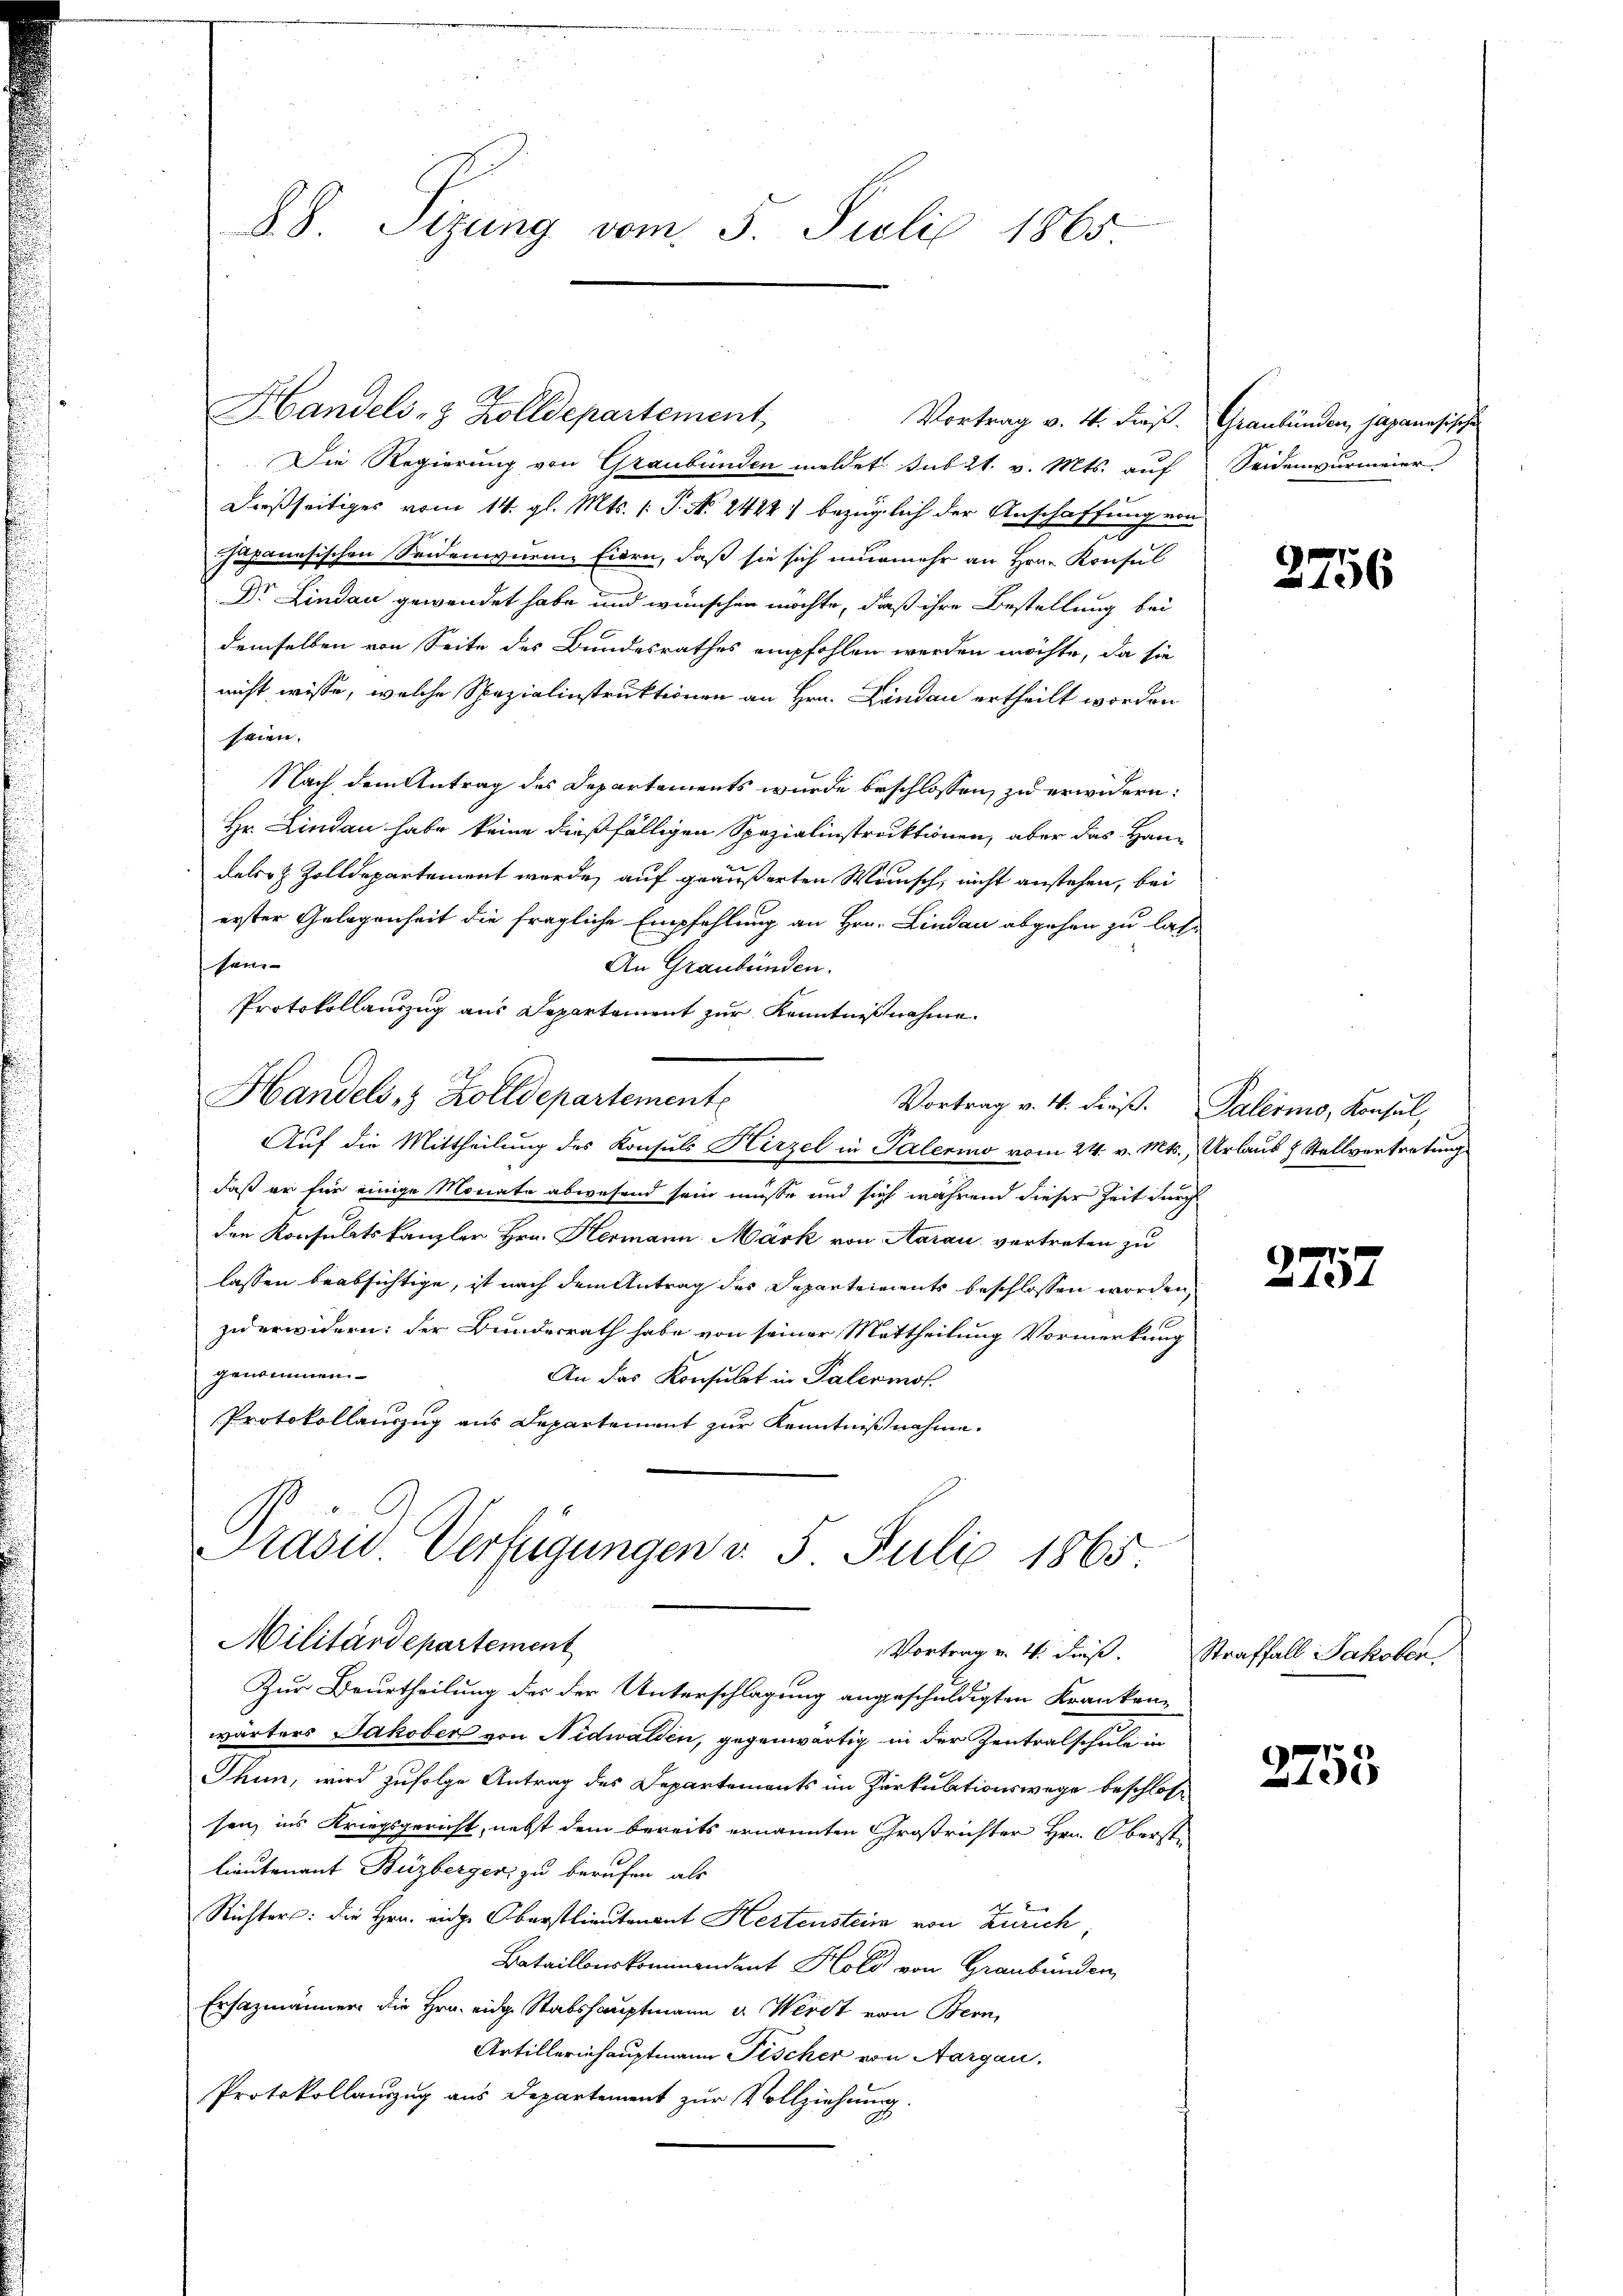
88. Sizung vom 5. Juli 1865.

Handels- & Zolldepartement

Die Regierung von Graubünden meldet. sub 21. v. Mts. auf
dießseitiges vom 14. gl. Mts. 1 P. N. 24241 bezüglich der Anschaffung von
chapanesischen Seidenwurme Eiern, daß sie sich nunmehr an Hrn. Konsul
Dr. Lindau gewendet habe und wünschen möchte, daß ihre Bestellung bei
demselben von Seite des Bundesrathes empfohlen werden möchte, da sie
nicht wisse, welche Spezialinstruktionen an Hrn. Landau ertheilt worden
seien.
Nach dem Antrag des Departements wurde beschlossen, zu erwidern:
Hr. Lindau habe keine dießfälligen Spezialinstruktionen, aber das Handaler & Zolldepartement wurde, auf geäußerten Wunsch, nicht anstehen, bei
erster Gelegenheit die fragliche Empfehlung an Hrn. Lindau abgehen zu lassei
An Graubünden.
Protokollauszug aus Departement zur Kenntnißnahme.
Handels, Zolldepartement
Vortrag v. 4. dieß. Palermo, Konsul,
Auf die Mittheilung des Konsuls Hirzel in Palermo vom 24. v. Mts., Urlaus & Stellvertretungs
daß er für einige Monate abwesend sein müsse und sich während dieser Zeit durch
den Konsulatskanzler Hrn. Hermann Mark von Aarau vertreten zu
lassen beabsichtige, ist nach dem Antrag des Departements beschlossen worden,
zu erwidern; der Bundesrath habe von seiner Mittheilung Vormerkung
genommen.
An das Konsulat in Palermor
Protokollauszug aus Departement zur Kenntnißnahme.
Präsid Verfügungen v. 5. Juli 1865.
Militärdepartement
Vortrag v. 4. Fuß.
Zur Beurtheilung des der Unterschlagung angeschuldigten Krankenwärters Jakober von Nidwalden, gegenwärtig in der Zentralschule in
Thun, wird zufolge Antrag des Departements im Zerkulationswege beschlos
sen, ins Kriegsgericht, nebst dem bereits ernannten Großrichter Hrn. Obersti
lieutenant Buzberger, zu berufen, als
Richter: die Hrn. eine Oberstlieutenant Hertenstein von Zürich,
Bataillonskommandant Hold von Graubünden,
Ersazmänner die Hrn. eidg. Stabshauptmann u. Werst von Bern,
Artillerinhauptmann Fischer von Aargau.
Protokollauszug aus Departement zur Vollziehung.

Vortrag v. 4. Fuß.

Graubünden, japanesischen
Seidenwurmeier.

2756

2752

Straffall Jakoben,

2753